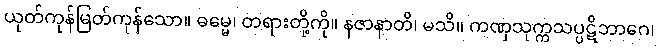
ယုတ်ကုန်မြတ်ကုန်သော။ ဓမ္မေ၊ တရားတို့ကို။ နဇာနာတိ၊ မသိ။ ကဏှသုက္ကသပ္ပဋိဘာဂေ၊